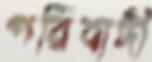
পরিবাদী